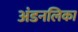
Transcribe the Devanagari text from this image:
अंडनलिका